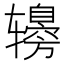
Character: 𰺤